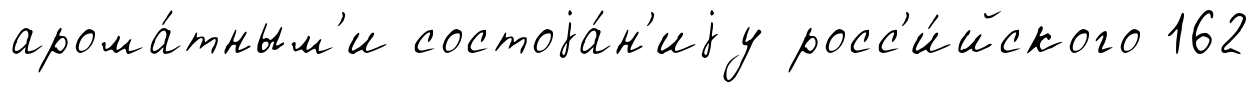
арома́тным'и состоjа́н'иjу росс'и́йского 162